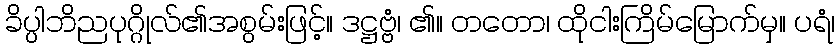
ခိပ္ပါဘိညပုဂ္ဂိုလ်၏အစွမ်းဖြင့်။ ဒဋ္ဌဗ္ဗံ၊ ၏။ တတော၊ ထိုငါးကြိမ်မြောက်မှ။ ပရံ၊